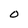
Character: O